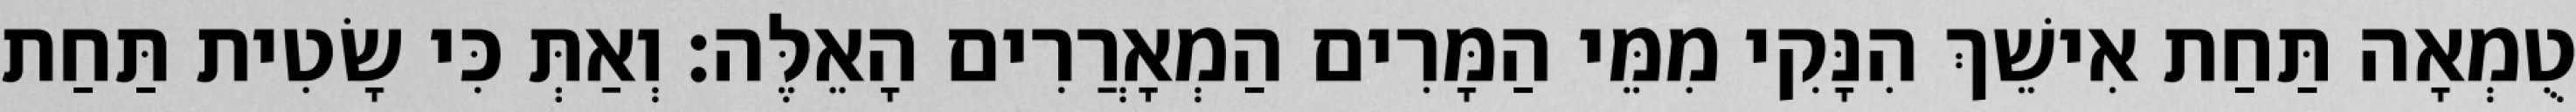
טֻמְאָה תַּחַת אִישֵׁךְ הִנָּקִי מִמֵּי הַמָּרִים הַמְאָרֲרִים הָאֵלֶּה׃ וְאַתְּ כִּי שָׂטִית תַּחַת